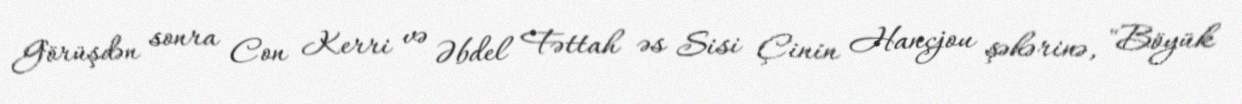
Görüşdən sonra Con Kerri və Əbdel Fəttah əs Sisi Çinin Hançjou şəhərinə, "Böyük